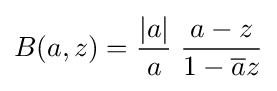
B(a,z)={\frac {|a|}{a}}\;{\frac {a-z}{1-{\overline {a}}z}}